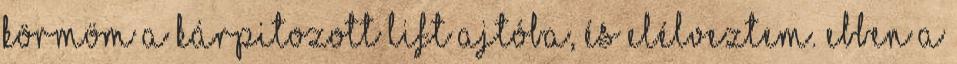
körmöm a kárpitozott lift ajtóba, és elélveztem. Ebben a